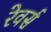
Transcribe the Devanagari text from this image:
रेवर्स